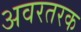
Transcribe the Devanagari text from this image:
अवरतरक